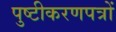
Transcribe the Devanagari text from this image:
पुष्टीकरणपत्रों